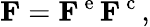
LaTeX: {\mathbf F}={\mathbf F}^{\mathrm{~e~}}{\mathbf F}^{\mathrm{~c~}},